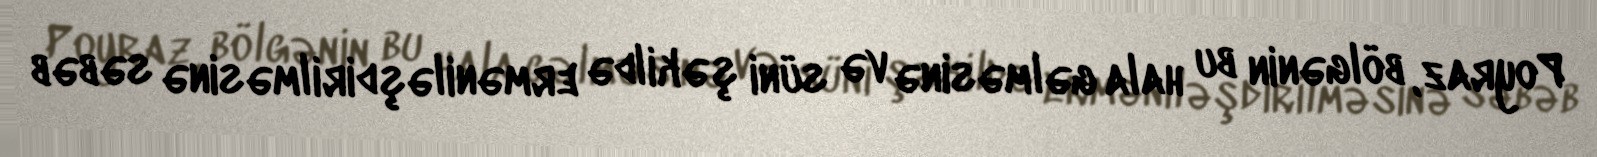
Poyraz, bölgənin bu hala gəlməsinə və süni şəkildə erməniləşdirilməsinə səbəb